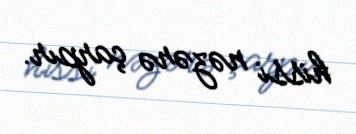
hissi nəzərə çarpır.